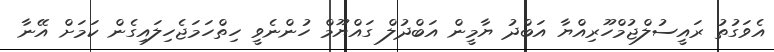
އެވަގުތު ރައީސުލްޖުމްހޫރިއްޔާ އަބްދު ޔާމީން އަބްދުލް ގައްޔޫމް ހުންނެވީ ހިތްހަމަޖެހިލައިގެން ކަމަށް އޭނާ